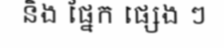
និង ផ្នែក ផ្សេង ៗ